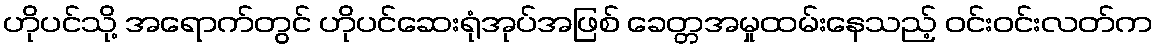
ဟိုပင်သို့ အရောက်တွင် ဟိုပင်ဆေးရုံအုပ်အဖြစ် ခေတ္တအမှုထမ်းနေသည့် ဝင်းဝင်းလတ်က